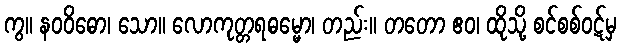
ကွ။ နဝဝိဓော၊ သော။ လောကုတ္တရဓမ္မော၊ တည်း။ တတော ဧဝ၊ ထိုသို့ စင်စစ်ဝဋ်မှ